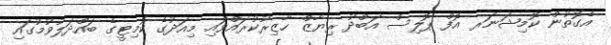
އެގޮތުން ކޮމިޝަނަރ އޮފް ޕޮލިސް އަބްދު ރިޔާޒް ހާޒިރުކުރައްވައި މިއަދުގެ ކޮމިޓީގެ ބައްދަލުވުމުގައި